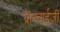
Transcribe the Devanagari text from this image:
फ्रैन्चाईज़ी